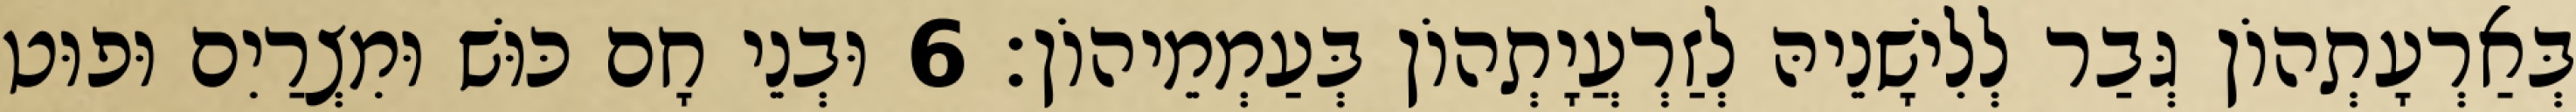
בְּאַרְעָתְהוֹן גְּבַר לְלִישָׁנֵיהּ לְזַרְעֲיָתְהוֹן בְּעַמְמֵיהוֹן׃ 6 וּבְנֵי חָם כּוּשׁ וּמִצְרַיִם וּפוּט